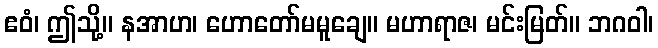
ဧဝံ၊ ဤသို့။ နအာဟ၊ ဟောတော်မမူချေ။ မဟာရာဇ၊ မင်းမြတ်။ ဘဂဝါ၊